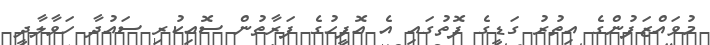
މުވައްޒަފުންގެ އިތުރު ގަޑީގެ ފޮތުގައި އެ އޮފީހުގެ ފަރާތުން ސޮއިކުރި ސައުދާ ހަވާލާދީ